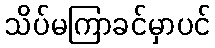
သိပ်မကြာခင်မှာပင်